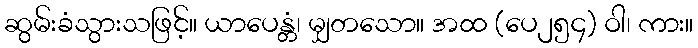
ဆွမ်းခံသွားသဖြင့်။ ယာပေန္တံ၊ မျှတသော။ အထ (ပေ၂၅၄) ဝါ၊ ကား။